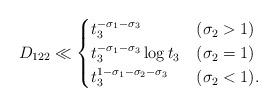
LaTeX: \begin{align*}D_{122} \ll \begin{cases}t_3^{-\sigma_1-\sigma_3} & (\sigma_2>1) \\t_3^{-\sigma_1-\sigma_3} \log t_3 & (\sigma_2=1) \\t_3^{1-\sigma_1-\sigma_2-\sigma_3} & (\sigma_2<1). \\\end{cases}\end{align*}